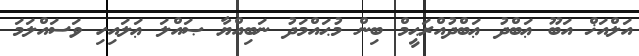
އަލްއަޚް އަބޫ ޢަބްދު ޢަބްދުއްރަޙީމް ބިން މުޙައްމަދު ނަބިއްޔާ ޞައްލަ ޢަލައިހި ވަސައްލަމަ